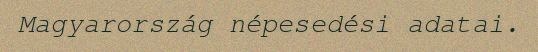
Magyarország népesedési adatai.